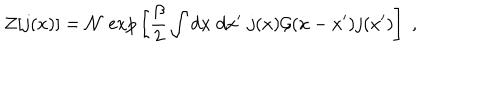
LaTeX: { \cal Z } [ j ( x ) ] = { \cal N } \; \mathrm { e x p } \left[ { \frac { \beta } { 2 } } \int d x \; d x ^ { \prime } \; j ( x ) { \cal G } ( x - x ^ { \prime } ) j ( x ^ { \prime } ) \right] \; ,